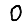
Digit: 0